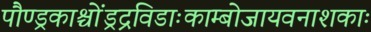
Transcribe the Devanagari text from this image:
पौण्ड्रकाश्चोंड्रद्रविडाःकाम्बोजायवनाशकाः